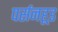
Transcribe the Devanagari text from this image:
पर्सनहूड